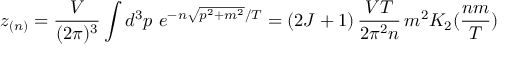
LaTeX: z _ { ( n ) } = \frac { V } { ( 2 \pi ) ^ { 3 } } \int d ^ { 3 } p \, \, e ^ { - n \sqrt { p ^ { 2 } + m ^ { 2 } } / T } = ( 2 J + 1 ) \, \frac { V T } { 2 \pi ^ { 2 } n } \, m ^ { 2 } K _ { 2 } ( \frac { n m } { T } )